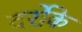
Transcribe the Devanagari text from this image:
दर्रोके